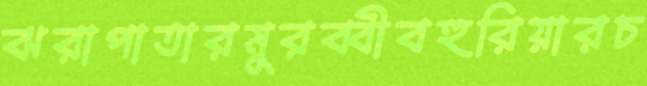
ঝরাপাতারমুরব্বীবহুরিয়ারচ